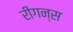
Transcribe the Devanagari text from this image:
रीगन्स